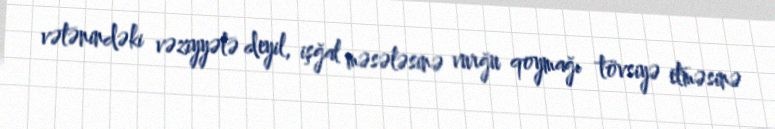
vətənindəki vəziyyətə deyil, işğal məsələsinə vurğu qoymağı tövsiyə etməsinə